Insane asylums in Bengal annual reports 1867-1875 - 1867-1875
Year: 1867
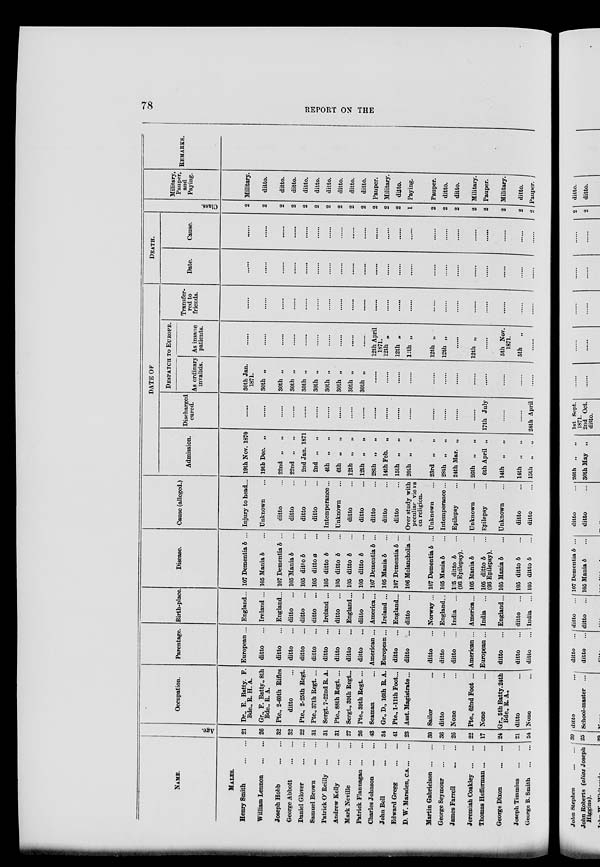
78
REPORT ON THE
NAME.
MALES.
Henry Smith
...
...
William Lennon
...
...
Joseph Hobb
...
...
George Abbott
...
...
Daniel Glover
...
...
Samuel Brown
...
...
Patrick O'Reilly
...
...
Andrew Kelly
...
...
Mark Neville
...
...
Patrick Flannagan ... ...
Charles Johnson
...
...
John Bell
...
...
Edward Gregg
...
...
D. W. Marsden, C.S. ... ...
Martin Gabrielson ... ...
George Seymour
...
...
James Farrell
...
...
Jeremiah Coakley ... ...
Thomas Hefferman ... ...
George Dixon
...
...
Joseph Timmius
...
...
George B. Smith
...
...
Age.
21
26
32
32
22
31
31
31
27
26
43
34
41
23
30
36
26
22
17
24
21
54
Occupation.
Dr., E. Batty. F.
Bde., R. H. A.
Gr., F. Batty., 8th
Bde., R. A.
Pte., 2-60th Rifles
ditto ...
Pte., 2-25th Regt.
Pte., 37th Regt. ...
Sergt. 7-22nd R. A.
Pte., 88th Regt. ...
Sergt., 39th Regt. ...
Pte., 39th Regt. ...
Seaman ...
Gr., D., 16th R. A.
Pte., 1-11th Foot ...
Asst. Magistrate ...
Sailor ...
ditto ...
None ...
Pte., 62nd Foot ...
None ...
Gr., 5th Batty. 24th
Bde., R. A.,
ditto ...
None ...
Parentage.
European ...
ditto ...
ditto ...
ditto ...
ditto ...
ditto ...
ditto ...
ditto ...
ditto ...
ditto ...
American ...
European ...
ditto ...
ditto ...
ditto ...
ditto ...
ditto ...
American ...
European ...
ditto ...
ditto ...
ditto ...
Birth-place
England...
Ireland ...
England...
ditto ...
ditto ...
ditto ...
Ireland ...
ditto ...
England...
ditto ...
America...
Ireland ...
England...
ditto ...
Norway ...
England ...
India ...
America ...
India ...
England...
ditto ...
India ...
Disease.
107 Dementia b ...
105 Mania b ...
107 Dementia b ...
105 Mania b ...
105 ditto b ...
105 ditto a ...
105 ditto b ...
105 ditto b ...
105 ditto b ...
105 ditto b ...
107 Dementia b ...
105 Mania b ...
107 Dementia b ...
106 Melancholia ...
107 Dementia b ...
105 Mania b ...
105 ditto b ...
(93 Epilepsy).
105 Mania b ...
105 ditto b ...
(93 Epilepsy).
105 Mania b ...
105 ditto b ...
105 ditto b ...
Cause (alleged.)
Injury to head...
Unknown ...
ditto ...
ditto ...
ditto ...
ditto ...
Intemperance ...
Unknown ...
ditto ...
ditto ...
ditto ...
ditto ...
ditto ...
Over study with
peculiar views
on religion.
Unknown ...
Intemperance ...
Epilepsy ...
Unknown ...
Epilepsy ...
Unknown ...
ditto ...
ditto ..
DATE OF
Admission.
19th Nov. 1870
19th Dec. „
22nd „
„
22nd „
„
2nd Jan. 1871
2nd „
„
4th „
„
6th „ „
12th „ „
12th „
„
28th „
„
14th Feb. „
15th „ „
20th „ „
23rd „
„
28th „ „
24th Mar. „
26th „ „
6th April „
14th „ „
14th „ „
15th „ „
Discharged
cured.
......
......
......
......
......
......
......
......
......
......
......
......
......
......
......
......
......
......
17th July
......
......
24th April
DESPATCH TO EUROPE.
As ordinary
invalids.
30th Jan.
1871.
30th „
30th „
30th „
30th „
30th „
30th „
30th „
30th „
30th „
......
......
......
......
......
......
......
......
......
......
......
......
As insane
patients.
......
......
......
......
......
......
......
......
......
......
12th April
1871.
12th „
12th „
12th „
12th „
12th „
......
12th „
......
5th Nov.
1871.
5th „
......
Transfer-
red to
friends.
......
......
......
......
......
......
......
......
......
......
......
......
......
......
......
......
......
......
......
......
......
DEATH.
Date.
......
......
......
......
......
......
......
......
......
......
......
......
......
......
......
......
......
......
......
......
......
Cause.
......
......
......
......
......
......
......
......
......
......
......
......
......
......
......
......
......
......
......
......
......
Class.
2
2
2
2
2
2
2
2
2
2
2
2
2
1
2
2
2
2
2
2
2
2
Military,
Pauper,
and
Paying.
Military.
ditto.
ditto.
ditto.
ditto.
ditto.
ditto.
ditto.
ditto.
ditto.
Pauper.
Military.
ditto.
Paying.
Pauper.
ditto.
ditto.
Military.
Pauper.
Military.
ditto.
Pauper.
REMARKS.